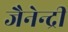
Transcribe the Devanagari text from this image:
जैनेन्द्री